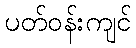
ပတ်ဝန်းကျင်